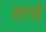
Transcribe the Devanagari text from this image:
तप्तं